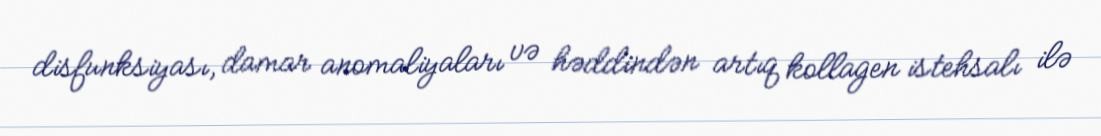
disfunksiyası, damar anomaliyaları və həddindən artıq kollagen istehsalı ilə